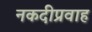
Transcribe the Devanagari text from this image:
नकदीप्रवाह